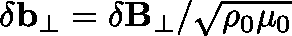
\mathbf { \delta b _ { \perp } } = \mathbf { \delta B _ { \perp } } / \sqrt { \rho _ { 0 } \mu _ { 0 } }